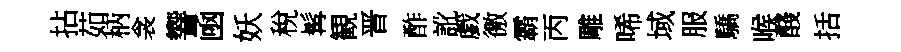
拈茹柄衾響凾妖稅髯観晋酢訛戯徼霸丙雕唏域服驕喉醆括